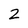
Character: 2